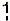
1